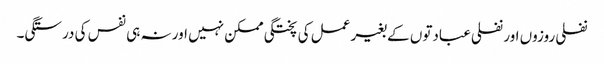
نفلی روزوں اور نفلی عبادتوں کے بغیر عمل کی پختگی ممکن نہیں اور نہ ہی نفس کی درستگی۔